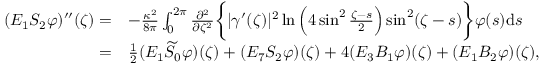
\begin{array} { r l } { ( E _ { 1 } S _ { 2 } \varphi ) ^ { \prime \prime } ( \zeta ) = } & { - \frac { \kappa ^ { 2 } } { 8 \pi } \int _ { 0 } ^ { 2 \pi } \frac { \partial ^ { 2 } } { \partial { \zeta ^ { 2 } } } \biggl \{ | \gamma ^ { \prime } ( \zeta ) | ^ { 2 } \ln \Big ( 4 \sin ^ { 2 } \frac { \zeta - s } { 2 } \Big ) \sin ^ { 2 } ( \zeta - s ) \biggr \} \varphi ( s ) \mathrm { d } s } \\ { = } & { \frac { 1 } { 2 } ( E _ { 1 } \widetilde { S } _ { 0 } \varphi ) ( \zeta ) + ( E _ { 7 } S _ { 2 } \varphi ) ( \zeta ) + 4 ( E _ { 3 } B _ { 1 } \varphi ) ( \zeta ) + ( E _ { 1 } B _ { 2 } \varphi ) ( \zeta ) , } \end{array}